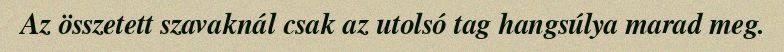
Az összetett szavaknál csak az utolsó tag hangsúlya marad meg.